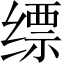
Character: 缥